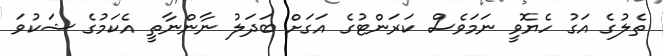
ތެލުގެ އަގު ހެޔޮވީ ނަމަވެސް ކަރަންޓުގެ އަގަށް ބަދަލު ނާންނާތީ އެކަމުގެ ޝަކުވަ